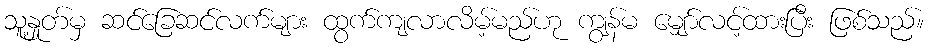
သူ့နှုတ်မှ ဆင်ခြေဆင်လက်များ ထွက်ကျလာလိမ့်မည်ဟု ကျွန်မ မျှော်လင့်ထားပြီး ဖြစ်သည်။